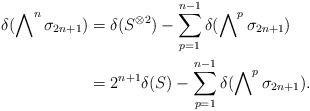
\begin{align*}\delta(\bigwedge\nolimits^n\sigma_{2n+1})&=\delta(S^{\otimes 2})-\sum_{p=1}^{n-1}\delta(\bigwedge\nolimits^p\sigma_{2n+1})\\ &=2^{n+1}\delta(S)-\sum_{p=1}^{n-1}\delta(\bigwedge\nolimits^p\sigma_{2n+1}).\end{align*}